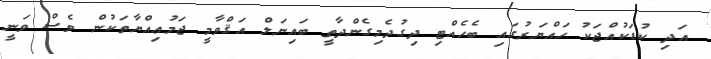
އަދި ކުޑަކުއްޖަކު ހައްޔަރުގައި ބެހެއްޓި ދިގުދެމިގެންދާތީ ބައިނަލް އަޤްވާމީ ޖަމުޢިއްޔާތަކުން ވެސް ވަނީ